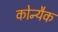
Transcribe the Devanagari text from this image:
कोन्यैक